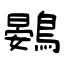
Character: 鷃